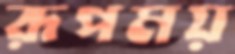
রূপময়